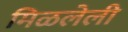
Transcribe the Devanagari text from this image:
मिळलेली